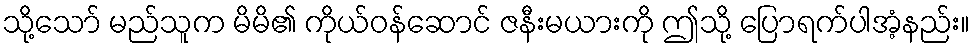
သို့သော် မည်သူက မိမိ၏ ကိုယ်ဝန်ဆောင် ဇနီးမယားကို ဤသို့ ပြောရက်ပါအံ့နည်း။